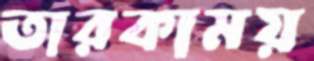
তারকাময়